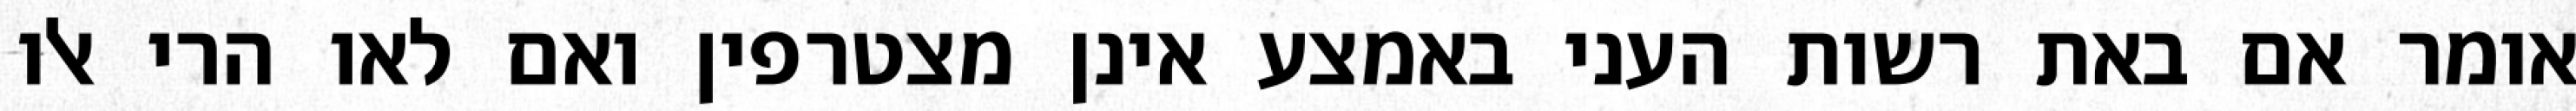
אומר אם באת רשות העני באמצע אינן מצטרפין ואם לאו הרי אלו